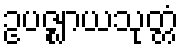
ဥပဇ္ဈာယသုတ္တံ